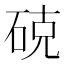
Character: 𮀚